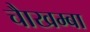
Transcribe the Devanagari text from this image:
चाैखम्बा